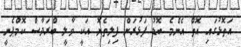
އަތޮޅުގައި އޮތް އެންމެ ބޮޑު ފަޅުރަށް ފިލިތެޔޮ އަކީ ވާލީ ބްރަދާސް ކޮމްޕެނީ